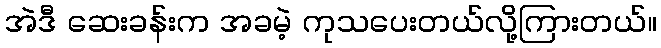
အဲဒီ ဆေးခန်းက အခမဲ့ ကုသပေးတယ်လို့ကြားတယ်။